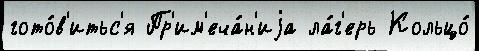
гото́в'итьс'я Пр'им'еча́н'иjа ла́г'ерь Кольцо́